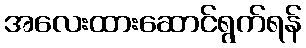
အလေးထားဆောင်ရွက်ရန်